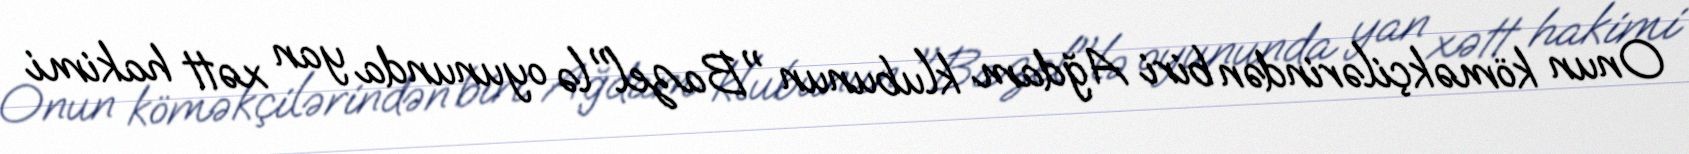
Onun köməkçilərindən biri Ağdam klubunun "Bazel"lə oyununda yan xətt hakimi